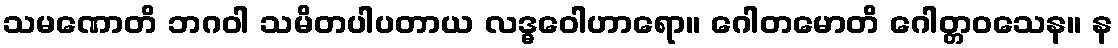
သမဏောတိ ဘဂဝါ သမိတပါပတာယ လဒ္ဓဝေါဟာရော။ ဂေါတမောတိ ဂေါတ္တဝသေန။ န